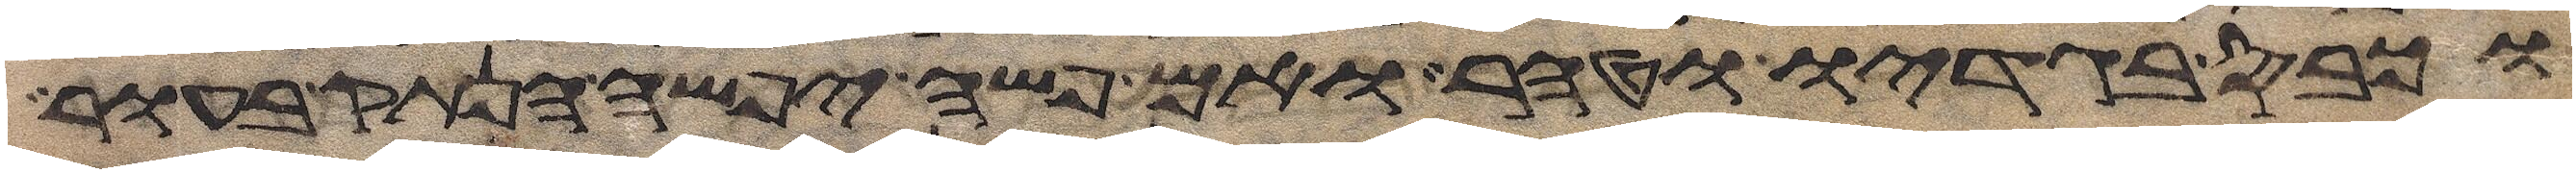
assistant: וכבס בגדיו וטהר ואם פשה יפשה הנתק בעור